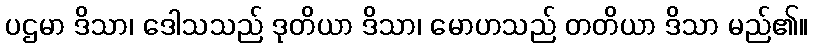
ပဌမာ ဒိသာ၊ ဒေါသသည် ဒုတိယာ ဒိသာ၊ မောဟသည် တတိယာ ဒိသာ မည်၏။